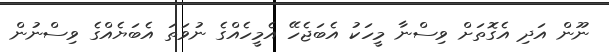
ނޫން އަދި އެގޮތަށް ވިސްނާ މީހަކު އެބަޖެހޭ އެމީހެއްގެ ނުވަތަ އެބަޔެއްގެ ވިސްނުން